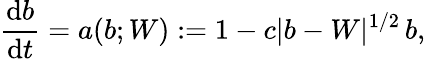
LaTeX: \frac{\mathrm{d}b}{\mathrm{d}t}=a(b;W):=1-c\lvert b-W\rvert^{1/2}\, b,